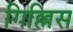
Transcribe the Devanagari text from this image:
गिल्लिस